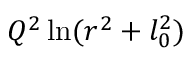
Q ^ { 2 } \ln ( r ^ { 2 } + l _ { 0 } ^ { 2 } )